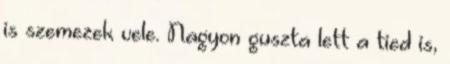
is szemezek vele. Nagyon guszta lett a tied is,